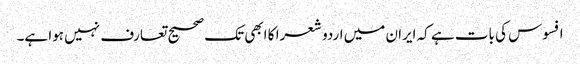
افسوس کی بات ہے کہ ایران میں اردو شعرا کا ابھی تک صحیح تعارف نہیں ہوا ہے۔